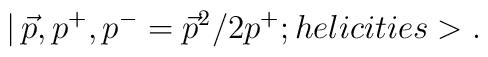
|\,\vec{p},p^{+},p^{-}=\vec{p}^2/2p^{+};helicities>.